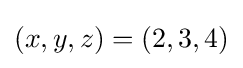
(x,y,z)=(2,3,4)